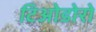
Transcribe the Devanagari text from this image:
टिओडोरो